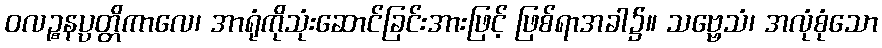
ဝလဉ္စနပ္ပတ္တိကာလေ၊ အာရုံကိုသုံးဆောင်ခြင်းအားဖြင့် ဖြစ်ရာအခါ၌။ သဗ္ဗေသံ၊ အလုံစုံသော